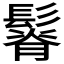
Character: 𩮦